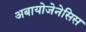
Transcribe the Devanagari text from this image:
अबायोजेनेसिस